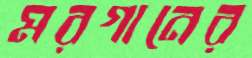
মরগানের